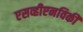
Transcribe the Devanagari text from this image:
एसव्हीएनविकी